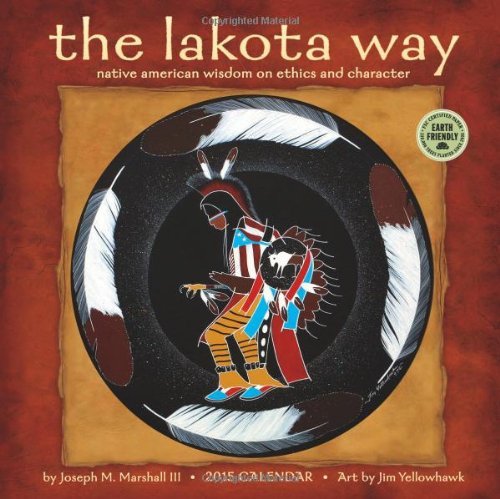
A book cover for By Jospeh M. Marshall III Lakota Way: Native American Wisdom on Ethics and Character 2015 Wall Calendar (Wal) [Calendar]; Calendars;